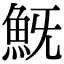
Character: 𩵪